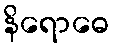
နိရောဓေ